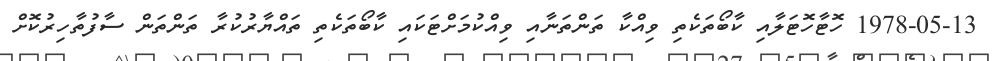
1978-05-13 ހޮޓާހޮޓަލާއި ކާބޯތަކެތި ވިއްކާ ތަންތަނާއި ވިއްކުމަށްޓަކައި ކާބޯތަކެތި ތައްޔާރުކުރާ ތަންތަން ސާފުތާހިރުކޮށް